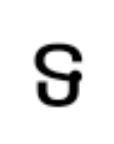
ទ